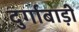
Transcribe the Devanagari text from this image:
दुर्गाबाड़ी